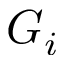
G _ { i }